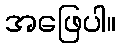
အဖြေပါ။